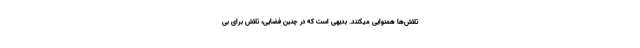
تلاش‌ها همنوایی میکنند. بدیهی است که در چنین فضایی، تلاش برای بی‌